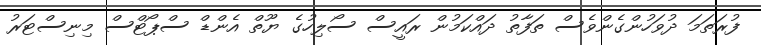
ފުރަތަމަ ދުވަހުންގެންވެސް ތަފާތު ދައްކަމުން ރައީސް ސޯލިހުގެ ޔޫތް އެންޑް ސްޕޯޓްސް މިނިސްޓަރު